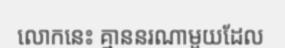
លោកនេះ គ្មាននរណាមួយដែល